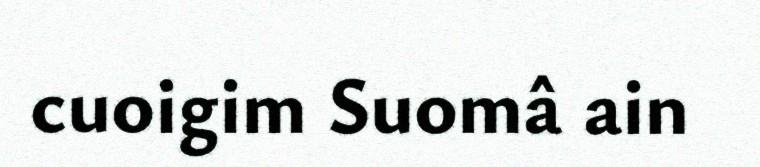
cuoigim Suomâ ain